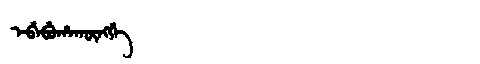
Manchu: ᡝᠪᡝᠪᡠᡥᠠᡴᡡᠩᡤᡝ
Romanization: EBEBUHAKŪNGGE